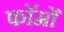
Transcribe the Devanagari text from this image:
फाॅर्मों